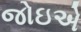
જોઇએ